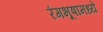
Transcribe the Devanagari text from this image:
रंगभूषांमध्ये